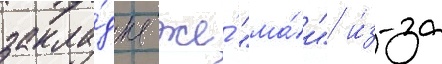
закла́дка же́ "ма́и" и́з-за